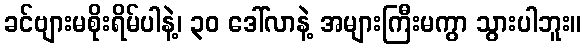
ခင်ဗျားမစိုးရိမ်ပါနဲ့၊ ၃၀ ဒေါ်လာနဲ့ အများကြီးမကွာ သွားပါဘူး။